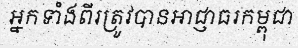
អ្នកទាំងពីរត្រូវបានអាជ្ញាធរកម្ពុជា